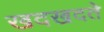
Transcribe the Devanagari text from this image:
खदखदते